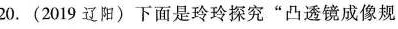
20.(2019辽阳)下面是玲玲探究”凸透镜成像规